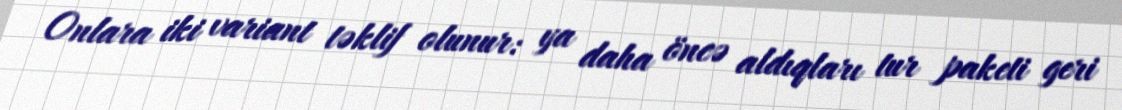
Onlara iki variant təklif olunur: ya daha öncə aldıqları tur paketi geri